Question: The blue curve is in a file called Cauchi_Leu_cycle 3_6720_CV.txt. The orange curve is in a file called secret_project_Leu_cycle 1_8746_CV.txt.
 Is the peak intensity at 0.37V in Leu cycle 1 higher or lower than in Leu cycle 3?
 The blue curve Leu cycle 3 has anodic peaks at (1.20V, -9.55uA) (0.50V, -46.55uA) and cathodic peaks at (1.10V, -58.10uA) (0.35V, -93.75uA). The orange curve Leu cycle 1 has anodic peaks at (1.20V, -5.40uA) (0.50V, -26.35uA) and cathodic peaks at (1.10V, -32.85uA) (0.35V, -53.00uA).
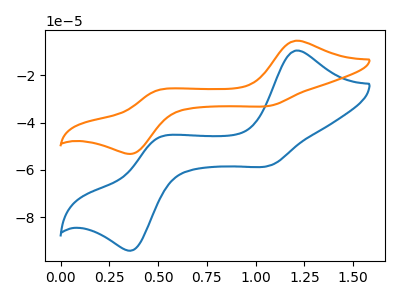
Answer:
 <answer>The peak at 0.37V is lower in "Leu cycle 1" than in "Leu cycle 3".</answer>
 <eval>lower</eval>